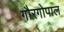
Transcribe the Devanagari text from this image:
गौरगोपाल